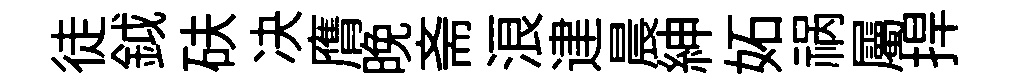
徒鉞砆决膺晩斋浪䢖晨紳妬祸屬捍